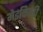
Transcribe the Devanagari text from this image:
मेइकिली